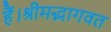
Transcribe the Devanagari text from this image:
हैं।श्रीमद्भागवत